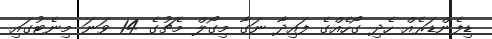
ޑިފެންޑަރެއް ހެދި ގޯހެއްގެ ފައިދާ ނަގާ މިގޯލް މެޗުގެ 14 ވަނަ މިނެޓުގައި